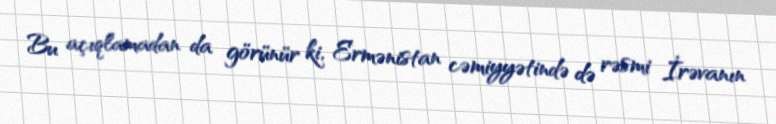
Bu açıqlamadan da görünür ki, Ermənistan cəmiyyətində də rəsmi İrəvanın